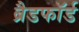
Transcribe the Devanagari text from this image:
ब्रैडफाॅर्ड